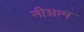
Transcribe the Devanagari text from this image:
नीशाम